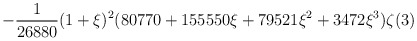
\begin{align*}\displaystyle-\frac{1}{26880}(1+\xi)^2(80770+155550\xi +79521\xi^2+3472\xi^3)\zeta(3)\end{align*}